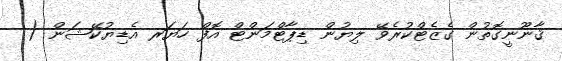
ޤާނޫނީގޮތުން ގެޒެޓްކުރެވޭ ލިޔުން ޑިޕާޓްމަންޓް އޮފް ހަޔަރ އެޑިޔުކޭޝަން (